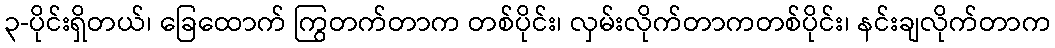
၃-ပိုင်းရှိတယ်၊ ခြေထောက် ကြွတက်တာက တစ်ပိုင်း၊ လှမ်းလိုက်တာကတစ်ပိုင်း၊ နင်းချလိုက်တာက